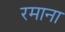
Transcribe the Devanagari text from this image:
रमाना